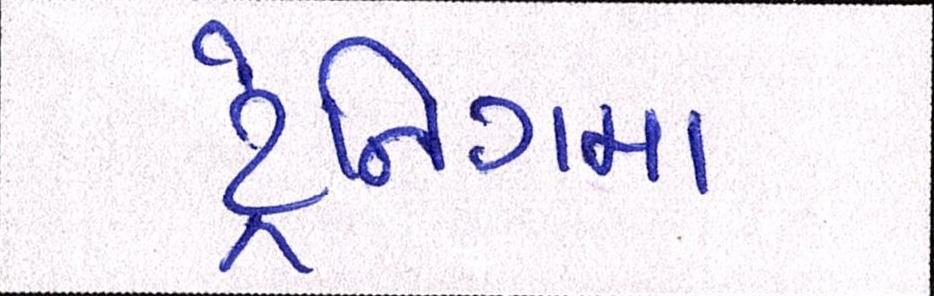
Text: ટ્રેનિગમા